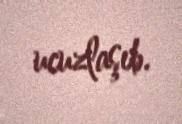
ucuzlaşıb.